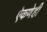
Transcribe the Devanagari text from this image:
ऐकणेही